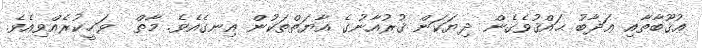
ޢުޤޫބާތާއި ޢަޛާބު ޙައްޤުވެގެން ދިޔަކަން ޤުރުއާނުގެ އާޔަތްތަކުން އިނގެއެވެ. މާތް  ވަޙީކުރެއްވިއެވެ.